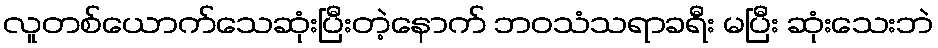
လူတစ်ယောက်သေဆုံးပြီးတဲ့နောက် ဘဝသံသရာခရီး မပြီး ဆုံးသေးဘဲ